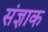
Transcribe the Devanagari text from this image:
संज्ञाक